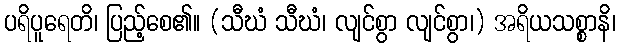
ပရိပူရေတိ၊ ပြည့်စေ၏။ (သီဃံ သီဃံ၊ လျင်စွာ လျင်စွာ၊) အရိယသစ္စာနိ၊